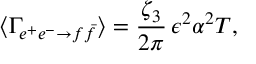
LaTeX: \langle \Gamma _ { e ^ { + } e ^ { - } \to f \bar { f } } \rangle = \frac { \zeta _ { 3 } } { 2 \pi } \, \epsilon ^ { 2 } \alpha ^ { 2 } T ,